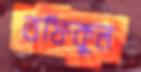
তফিকুল